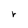
Character: r